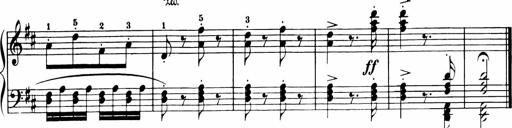
Title: 11 Sonatinas for Piano Solo
Composer: Anton Diabelli